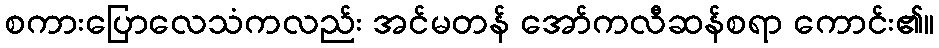
စကားပြောလေသံကလည်း အင်မတန် အော်ကလီဆန်စရာ ကောင်း၏။